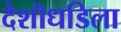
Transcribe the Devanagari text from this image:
देशॊधडिला